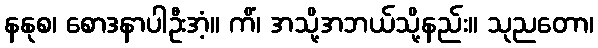
နနုစ၊ စောဒနာပါဦးအံ့။ ကိံ၊ အသို့အဘယ်သို့နည်း။ သုညတော၊